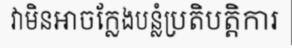
វាមិនអាចក្លែងបន្លំប្រតិបត្តិការ